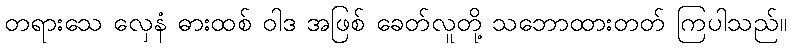
တရားသေ လှေနံ ဓားထစ် ဝါဒ အဖြစ် ခေတ်လူတို့ သဘောထားတတ် ကြပါသည်။